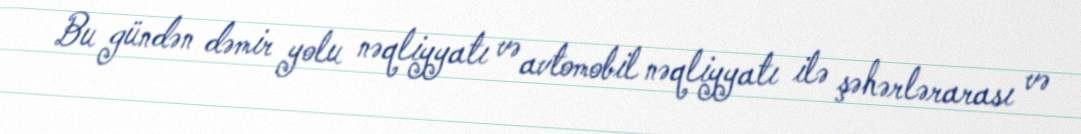
Bu gündən dəmir yolu nəqliyyatı və avtomobil nəqliyyatı ilə şəhərlərarası və